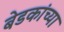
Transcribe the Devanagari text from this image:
बेडकांच्या